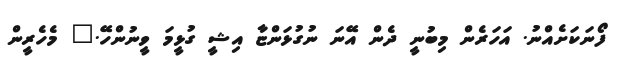
ފޯނަކަށެއްނު. އަހަރެން މިބުނީ ދެން އޭނަ ނުގުޅަންޏާ އިޝީ ގުޅީމަ ވީނުންހޭ." މެހެރީން